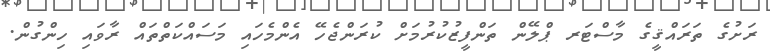
ރަށުގެ ތަރައްޤީގެ މާސްޓަރ ޕްލޭން ތަންފީޒުކުރުމަށް ކުރަންޖެހޭ އެންމެހައި މަސައްކަތްތައް ރާވައި ހިންގުން.